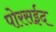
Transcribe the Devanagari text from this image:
पोरसईद